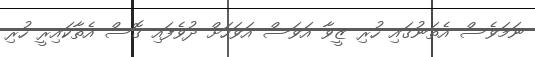
ނަމަވެސް އެތަނުގައި ހުރި ޒީވާ އަވަސް އަވަހަށް ދުވެފައި ގޮސް އެތާކައިރީ ހުރި